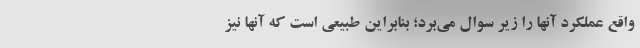
واقع عملکرد آنها را زیر سوال می‌برد؛ بنابراین طبیعی است که آنها نیز